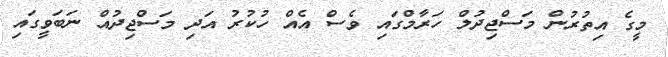
މީގެ އިތުރުން މަސްޖިދުލް ހަރާމްގައި ވެސް އެއް ހުކުރު އަދި މަސްޖިދުއް ނަބަވީގައި